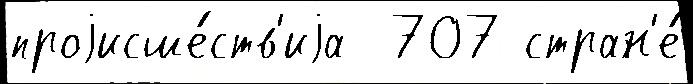
проjисше́ств'иjа  707 стран'е́